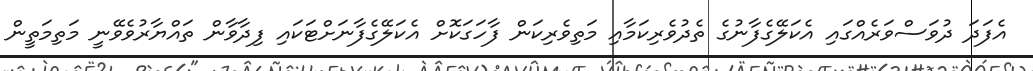
އެފަދަ ދުވަސްވަރެއްގައި އެކަލޭގެފާނުގެ ތެދުވެރިކަމާއި މަތިވެރިކަން ފާހަގަކޮށް އެކަލޭގެފާނަށްޓަކައި ފިދާވާން ތައްޔާރުވެވޭނީ މަތިމަތީން